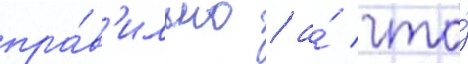
пра́в'ильно / а́ что́